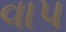
વાપ